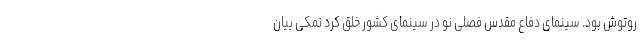
روتوش بود. سینمای دفاع مقدس فصلی نو در سینمای کشور خلق کرد نمکی بیان